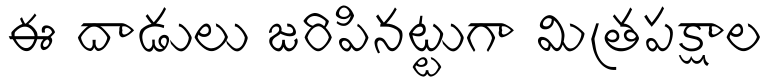
ఈ దాడులు జరిపినట్టుగా మిత్రపక్షాల